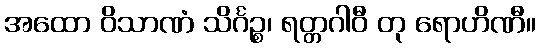
အထော ဝိသာဏံ သိင်္ဂဉ္စ၊ ရတ္တဂါဝီ တု ရောဟိဏီ။